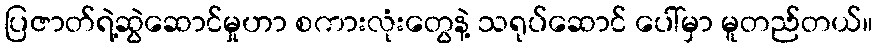
ပြဇာတ်ရဲ့ဆွဲဆောင်မှုဟာ စကားလုံးတွေနဲ့ သရုပ်ဆောင် ပေါ်မှာ မူတည်တယ်။